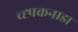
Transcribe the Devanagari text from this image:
च्ह्पकनाडा